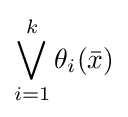
\bigvee _{i=1}^{k}\theta _{i}({\bar {x}})